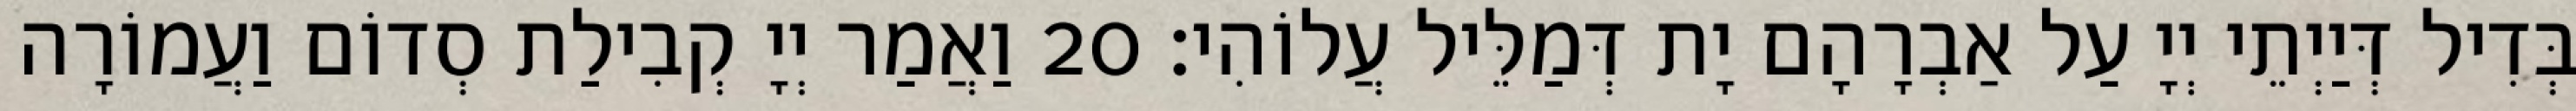
בְּדִיל דְּיַיְתֵי יְיָ עַל אַבְרָהָם יָת דְּמַלֵּיל עֲלוֹהִי׃ 20 וַאֲמַר יְיָ קְבִילַת סְדוֹם וַעֲמוֹרָה